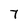
Character: 7